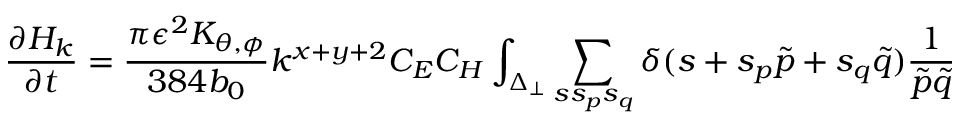
\frac { \partial H _ { k } } { \partial t } = \frac { \pi \epsilon ^ { 2 } K _ { \theta , \phi } } { 3 8 4 b _ { 0 } } k ^ { x + y + 2 } C _ { E } C _ { H } \int _ { \Delta _ { \perp } } \sum _ { s s _ { p } s _ { q } } \delta ( s + s _ { p } \tilde { p } + s _ { q } \tilde { q } ) \frac { 1 } { \tilde { p } \tilde { q } }